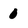
Character: 0